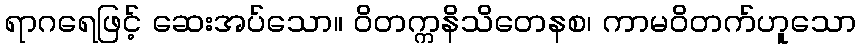
ရာဂရေဖြင့် ဆေးအပ်သော။ ဝိတက္ကနိသိတေနစ၊ ကာမဝိတက်ဟူသော